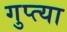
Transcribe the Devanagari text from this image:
गुप्त्या